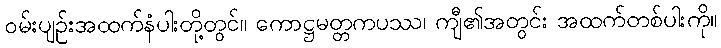
ဝမ်းပျဉ်းအထက်နံပါးတို့တွင်။ ကောဋ္ဌမတ္တကပဿ၊ ကျီ၏အတွင်း အထက်တစ်ပါးကို။